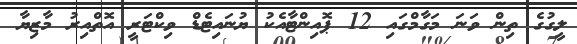
ލީގުގެ ތިން ވަނަ މަގާމްގައި 12 ޕޮއިންޓާއެކު ޔުނައިޓެޑް ވިކްޓަރީ އޮތްއިރު މާޒިޔާ